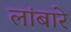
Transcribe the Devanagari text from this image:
लांबारे